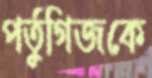
পর্তুগিজকে